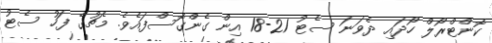
ކޮންޓްރޯލް ހޯދައި ދެވަނަ ސެޓު 21-18 އިން ގެންގޮސްފައެވެ. މެޗުގެ ފަހު ސެޓު